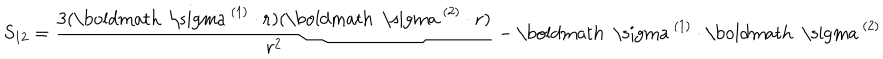
S _ { 1 2 } = \frac { 3 ( \mathrm { \boldmath ~ \ s i g m a ~ } ^ { ( 1 ) } \cdot { \bf r } ) ( \mathrm { \boldmath ~ \ s i g m a ~ } ^ { ( 2 ) } \cdot { \bf r } ) } { r ^ { 2 } } - \mathrm { \boldmath ~ \ s i g m a ~ } ^ { ( 1 ) } \cdot \mathrm { \boldmath ~ \ s i g m a ~ } ^ { ( 2 ) }